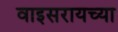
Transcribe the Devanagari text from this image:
वाइसरायच्या